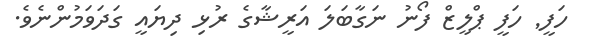
ހަފީ